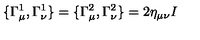
\{ \Gamma _ { \mu } ^ { 1 } , \Gamma _ { \nu } ^ { 1 } \} = \{ \Gamma _ { \mu } ^ { 2 } , \Gamma _ { \nu } ^ { 2 } \} = 2 \eta _ { \mu \nu } I